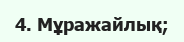
4. Мұражайлық;